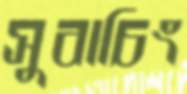
সুবাচিং